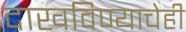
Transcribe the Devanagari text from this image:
दाखविण्याचेही